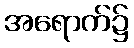
အရောက်၌